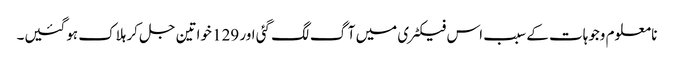
نا معلوم وجوہات کے سبب اس فیکٹری میں آگ لگ گئی اور 129 خواتین جل کر ہلاک ہوگئیں۔